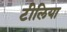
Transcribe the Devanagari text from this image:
टीलिया